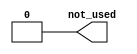
//
// Generated by Bluespec Compiler, version 2017.07.A (build 4f44cbe, 2017-07-21)
//
// On Sat Jun  2 16:42:51 EDT 2018
//
//
// Ports:
// Name                         I/O  size props
// not_used                       O     1 const
//
// No combinational paths from inputs to outputs
//
//

`ifdef BSV_ASSIGNMENT_DELAY
`else
  `define BSV_ASSIGNMENT_DELAY
`endif

`ifdef BSV_POSITIVE_RESET
  `define BSV_RESET_VALUE 1'b1
  `define BSV_RESET_EDGE posedge
`else
  `define BSV_RESET_VALUE 1'b0
  `define BSV_RESET_EDGE negedge
`endif

module mkSceMiStringParameter(not_used);
  parameter n = "";

  // value method not_used
  output not_used;

  // signals for module outputs
  wire not_used;

  // value method not_used
  assign not_used = 1'd0 ;
endmodule  // mkSceMiStringParameter